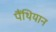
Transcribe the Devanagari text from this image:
पैंथियान